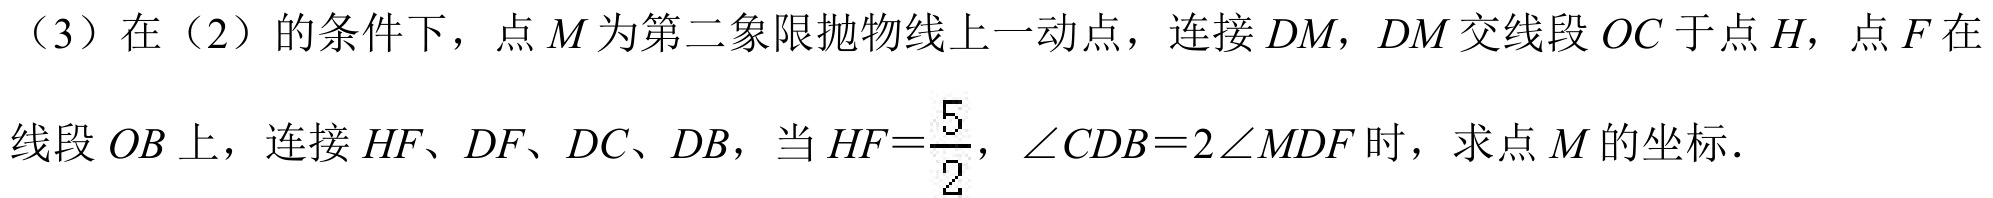
（3）在（2）的条件下，点$M$为第二象限抛物线上一动点，连接$DM$，$DM$交线段$OC$于点$H$，点$F$在线段$OB$上，连接$HF$、$DF$、$DC$、$DB$，当$HF = \frac{5}{2}$，$\angle CDB = 2\angle MDF$时，求点$M$的坐标．